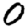
Digit: 0